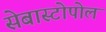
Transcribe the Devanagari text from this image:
सेबास्टोपोल